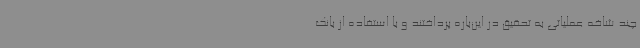
چند شاخه عملیاتی به تحقیق در این‌باره پرداختند و با استفاده از بانک